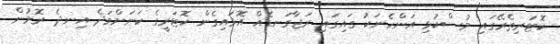
ކޮޓަރިތެރޭގައި މުސްކުޅި އަންހެނަކު ގައިގައި ރަޖާގަނޑެއް އޮޅައިގެން ކޮޓަރީގެ ކަނަށްވަދެ އިނދެ ރޮމުން